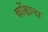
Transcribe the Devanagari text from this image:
कोंढाना